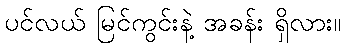
ပင်လယ် မြင်ကွင်းနဲ့ အခန်း ရှိလား။